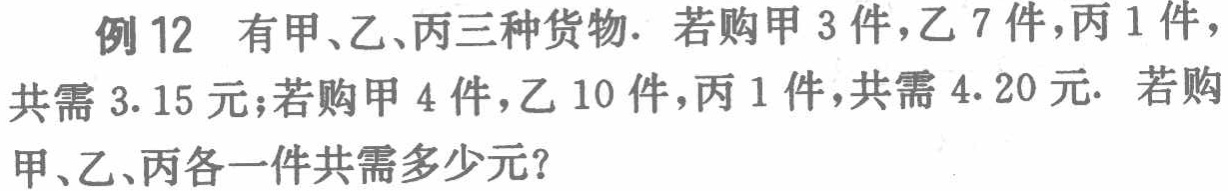
例12 有甲、乙、丙三种货物. 若购甲 3 件,乙 7 件,丙 1 件,共需 3.15 元;若购甲 4 件,乙 10 件,丙 1 件,共需 4.20 元. 若购甲、乙、丙各一件共需多少元?